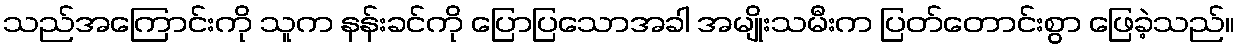
သည်အကြောင်းကို သူက နန်းခင်ကို ပြောပြသောအခါ အမျိုးသမီးက ပြတ်တောင်းစွာ ဖြေခဲ့သည်။